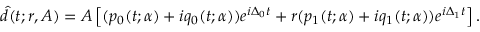
\hat { d } ( t ; r , A ) = A \left[ ( p _ { 0 } ( t ; \boldsymbol { \alpha } ) + i q _ { 0 } ( t ; \boldsymbol { \alpha } ) ) e ^ { i \Delta _ { 0 } t } + r ( p _ { 1 } ( t ; \boldsymbol { \alpha } ) + i q _ { 1 } ( t ; \boldsymbol { \alpha } ) ) e ^ { i \Delta _ { 1 } t } \right] .